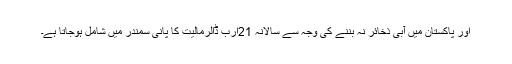
اور پاکستان میں آبی ذخائر نہ بننے کی وجہ سے سالانہ 21ارب ڈالرمالیت کا پانی سمندر میں شامل ہوجاتا ہے۔